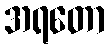
အရတော